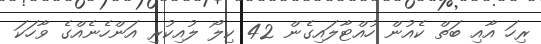
ރިހަ އާއި ބަތް ކެއުން ހުއްޓާލައިގެން 42 ކިލޯ ލުއިކުރި އަންހެނެއްގެ ވާހަކަ